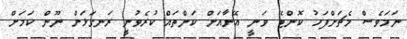
ނަމަވެސް މެޗަށްފަހު ކޮންޓޭ ވަނީ އޭނާއަށް ކަންތައް ކުރެވުނީ ރަނގަޅަށް ނޫން ކަމަށް